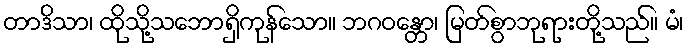
တာဒိသာ၊ ထိုသို့သဘောရှိကုန်သော။ ဘဂဝန္တော၊ မြတ်စွာဘုရားတို့သည်။ မံ၊